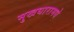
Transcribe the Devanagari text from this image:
मुखधारामधे